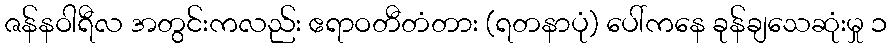
ဇန်နဝါရီလ အတွင်းကလည်း ဧရာဝတီတံတား (ရတနာပုံ) ပေါ်ကနေ ခုန်ချသေဆုံးမှု ၁